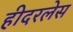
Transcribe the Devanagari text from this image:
हीदरलेस